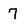
Character: 7